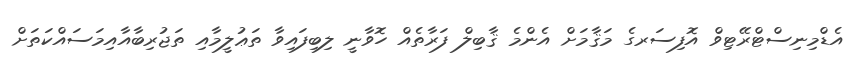
އެޑްމިނިސްޓްރޭޓިވް އޮފިސަރގެ މަޤާމަށް އެންމެ ޤާބިލް ފަރާތެއް ހޮވާނީ ލިބިފައިވާ ތަޢުލީމާއި ތަޖުރިބާއާއިމަސައްކަތަށް